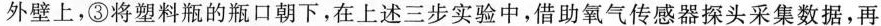
外壁上，③将塑料瓶的瓶口朝下，在上述三步实验中，借助氧气传感器探头采集数据，再